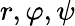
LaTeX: r,\varphi,\psi